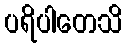
ပရိပါတေသိ